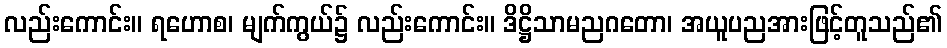
လည်းကောင်း။ ရဟောစ၊ မျက်ကွယ်၌ လည်းကောင်း။ ဒိဋ္ဌိသာမညဂတော၊ အယူပညအားဖြင့်တူသည်၏